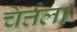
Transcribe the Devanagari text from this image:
चेर्त्तला